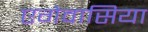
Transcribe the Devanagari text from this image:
एगेवासिया